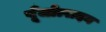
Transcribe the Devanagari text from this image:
पूँजोत्पादन